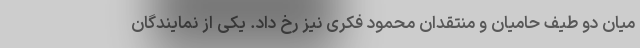
میان دو طیف حامیان و منتقدان محمود فکری نیز رخ داد. یکی از نمایندگان